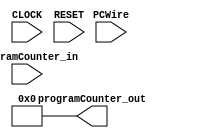
`timescale 1ns / 1ps

module ProgramCounter
(
	input CLOCK,
	input RESET,
	input PCWire,
	input [63:0] programCounter_in,
	output reg [63:0] programCounter_out
);

	always @(posedge CLOCK) begin
		if(PCWire) begin
			if (programCounter_in === 64'bx) begin
				programCounter_out  <= 0;
			end	else begin
				programCounter_out <= programCounter_in;
			end
		end
	end

	always @(RESET) begin
		programCounter_out = 0;
	end
endmodule